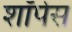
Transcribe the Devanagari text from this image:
शॉपेस